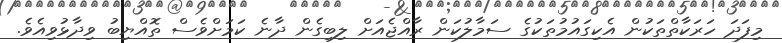
މިފަދަ ހަރަކާތްތަކުން އެކިގައުމުތަކުގެ ސަމާލުކަން ރާއްޖެއަށް ލިބިގެން ދާނެ ކަމަށްވެސް ތޮއްޔިބު ވިދާޅުވިއެވެ.